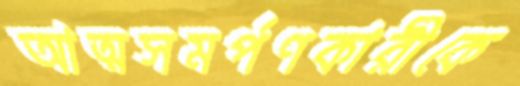
আত্মসমর্পণকারীকে